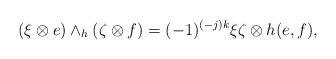
LaTeX: \begin{align*}\left(\xi\otimes e\right)\wedge_h\left(\zeta\otimes f\right)=(-1)^{(-j)k}\xi\zeta\otimes h(e,f),\end{align*}